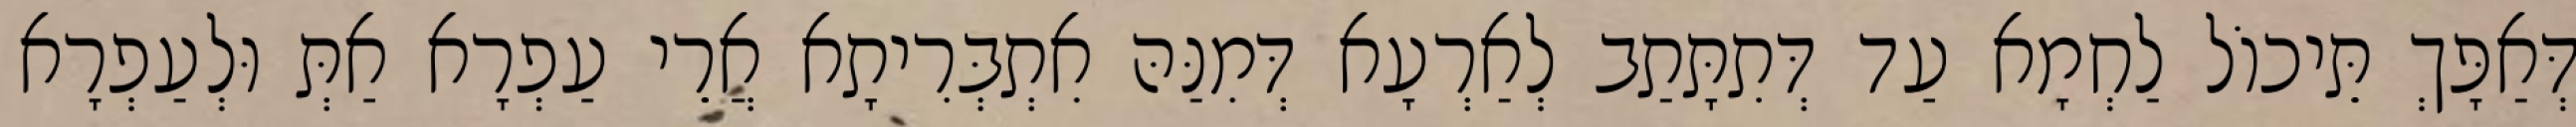
דְּאַפָּךְ תֵּיכוֹל לַחְמָא עַד דְּתִתָּתַב לְאַרְעָא דְּמִנַּהּ אִתְבְּרִיתָא אֲרֵי עַפְרָא אַתְּ וּלְעַפְרָא